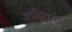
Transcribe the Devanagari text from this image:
आदिकांड